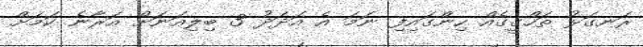
ރަނގަޅު ތަހްގީގެއް ހިންގައިފި ނަމަ އެ އަދަދު 3 ބިލިއަނަށް އަރާނެ ކަމަށް